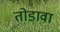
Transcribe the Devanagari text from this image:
तोडावा